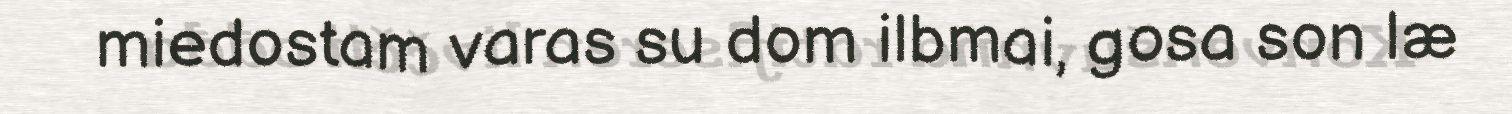
miedostam varas su dom ilbmai, gosa son læ